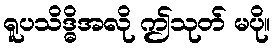
ရူပသိဒ္ဓိအလို ဤသုတ် မပို။